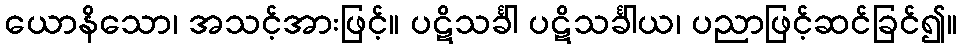
ယောနိသော၊ အသင့်အားဖြင့်။ ပဋိသင်္ခါ ပဋိသင်္ခါယ၊ ပညာဖြင့်ဆင်ခြင်၍။